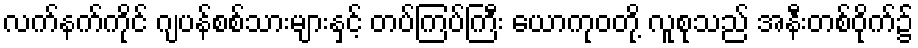
လက်နက်ကိုင် ဂျပန်စစ်သားများနှင့် တပ်ကြပ်ကြီး ယောကုဝတို့ လူစုသည် အနီးတစ်ဝိုက်၌